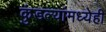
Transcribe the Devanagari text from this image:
कुंडल्यांमध्येही